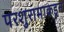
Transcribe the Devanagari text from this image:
परशुरामाकडून